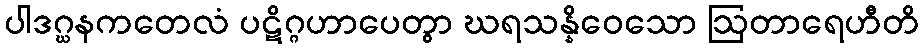
ပါဒဂ္ဃနကတေလံ ပဋိဂ္ဂဟာပေတွာ ဃရသန္နိဝေသော ဩတာရေဟီတိ